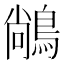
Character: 𪁺